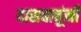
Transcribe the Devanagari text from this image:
दासबाबूंनी